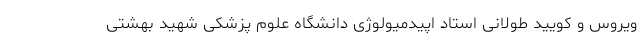
ویروس و کویید طولانی استاد اپیدمیولوژی دانشگاه علوم پزشکی شهید بهشتی